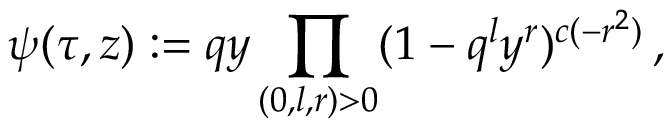
\psi ( \tau , z ) : = q y \prod _ { ( 0 , l , r ) > 0 } ( 1 - q ^ { l } y ^ { r } ) ^ { c ( - r ^ { 2 } ) } \, ,